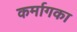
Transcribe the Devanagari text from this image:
कर्मागका